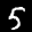
Label: 5